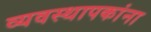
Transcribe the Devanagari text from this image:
व्यवस्थापकांना